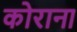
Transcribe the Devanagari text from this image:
कोराना